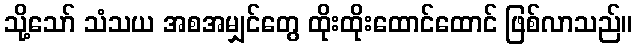
သို့သော် သံသယ အစအမျှင်တွေ ထိုးထိုးထောင်ထောင် ဖြစ်လာသည်။